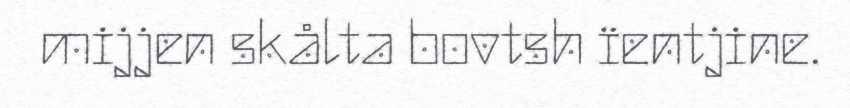
mijjen skålta bovtsh ïentjine.